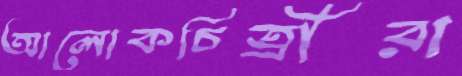
আলোকচিত্রীরা